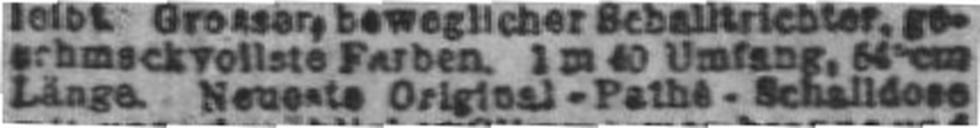
Länge. Neueste Original - Pathé - Schalldose